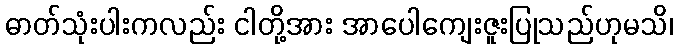
ဓာတ်သုံးပါးကလည်း ငါတို့အား အာပေါကျေးဇူးပြုသည်ဟုမသိ၊